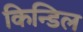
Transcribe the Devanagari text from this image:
किन्डिल